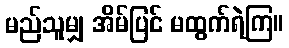
မည်သူမျှ အိမ်ပြင် မထွက်ရဲကြ။